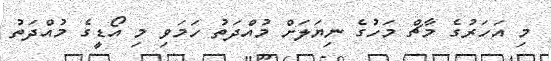
މި އަހަރުގެ މާޗް މަހުގެ ނިޔަލަށް މުއްދަތު ހަމަވި މި އޯޑީގެ މުއްދަތު